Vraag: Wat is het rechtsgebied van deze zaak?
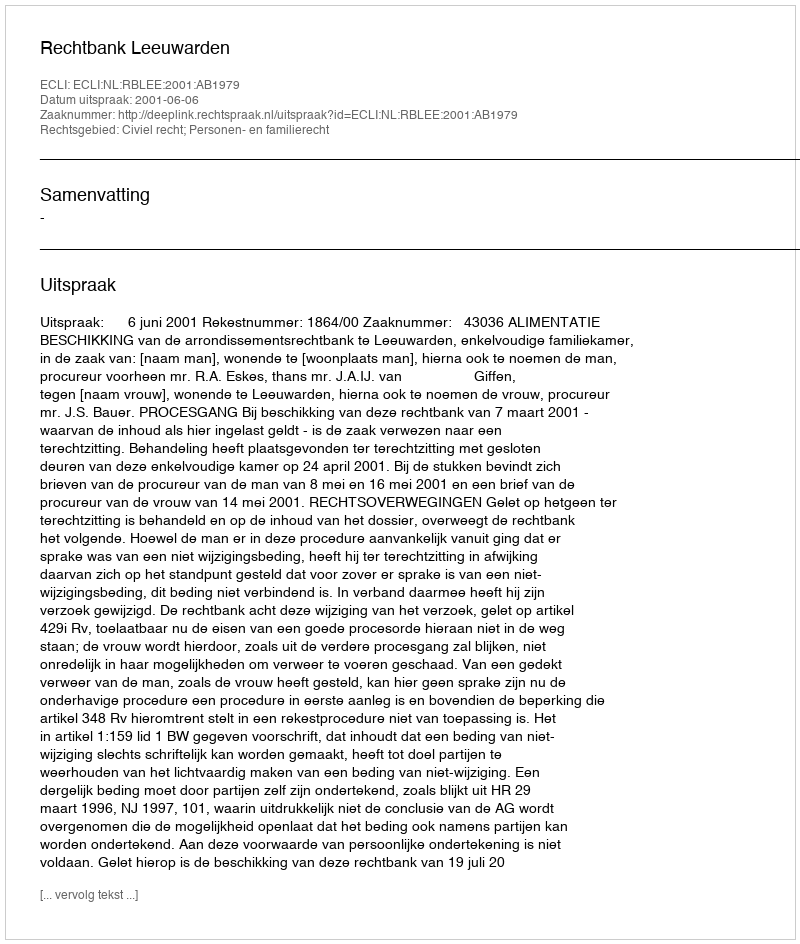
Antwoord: Civiel recht; Personen- en familierecht